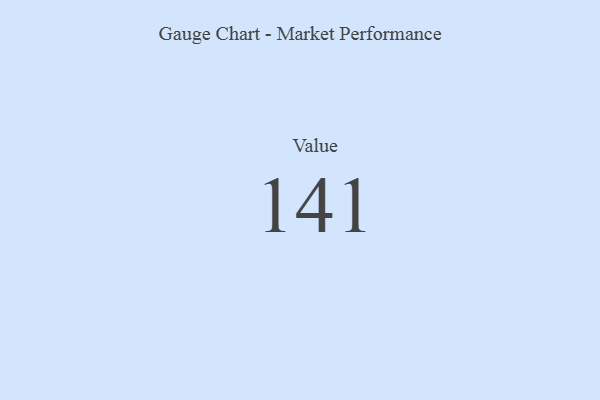
{"axis": {"x": "Metric", "y": "Value"}, "legend": [""], "data": [{"x": "Value", "y": 141, "type": ""}]}